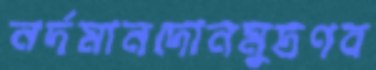
নর্দমানদোনমুদ্রণব